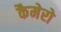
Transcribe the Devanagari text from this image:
कैमेरो